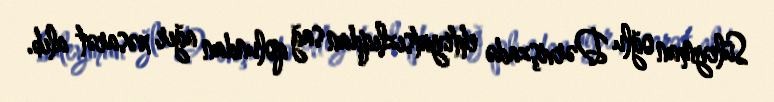
Süleyman oğlu Dərvişzadə ehtiyatsızlıqdan sağ qolundan ağır xəsarət alıb.